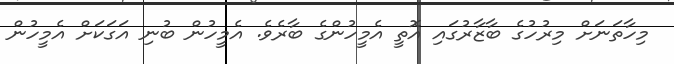
މިހާތަނަށް މިރުހުގެ ބާޒާރުގައި އޮތީ އެމީހުންގެ ބާރެވެ. އެމީހުން ބުނި އަގަކަށް އެމީހުން